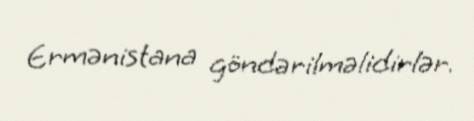
Ermənistana göndərilməlidirlər.